Scottish Leaving Certificate Examination, 1953
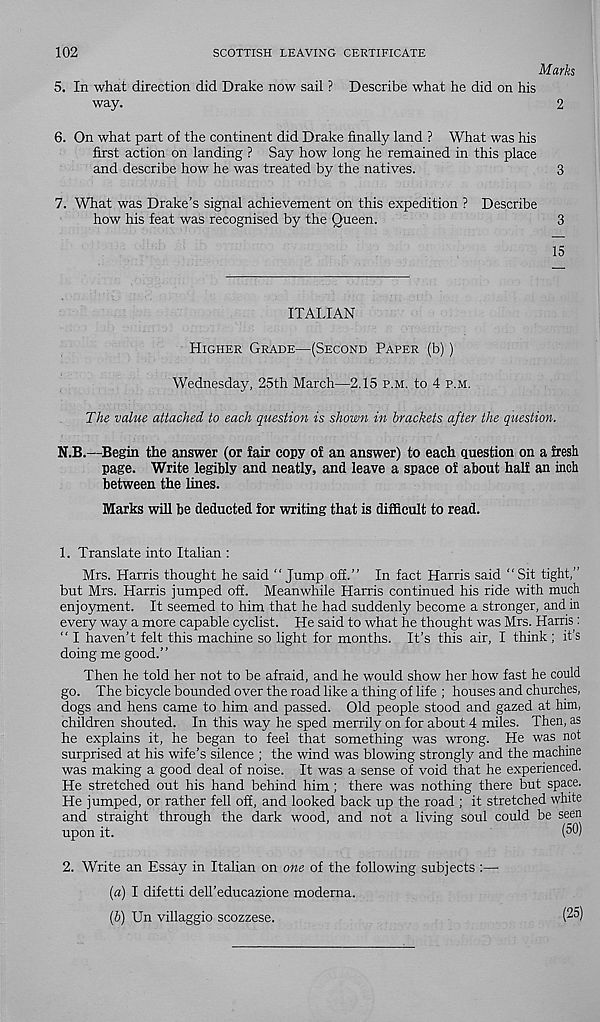
102
SCOTTISH LEAVING CERTIFICATE
Marks
5. In what direction did Drake now sail ? Describe what he did on his
way.
2
6. On what part of the continent did Drake finally land ? What was his
first action on landing ? Say how long he remained in this place
and describe how he was treated by the natives.
3
7. What was Drake’s signal achievement on this expedition ? Describe
how his feat was recognised by the Queen.
3
15
ITALIAN
Higher Grade—(Second Paper (b))
Wednesday, 25th March—2.15 p.m. to 4 p.m.
The value attached to each question is shown in brackets after the question.
N.B.—Begin the answer (or fair copy of an answer) to each question on a fresh
page. Write legibly and neatly, and leave a space of about half an inch
between the lines.
Marks will be deducted for writing that is difficult to read.
1. Translate into Italian :
Mrs. Harris thought he said “Jump off.” In fact Harris said “Sit tight,”
but Mrs. Harris jumped off. Meanwhile Harris continued his ride with much
enjoyment. It seemed to him that he had suddenly become a stronger, and in
every way a more capable cyclist. He said to what he thought was Mrs. Harris :
“ I haven’t felt this machine so light for months. It’s this air, I think ; it’s
doing me good.”
Then he told her not to be afraid, and he would show her how fast he could
go. The bicycle bounded over the road like a thing of life ; houses and churches,
dogs and hens came to him and passed. Old people stood and gazed at him,
children shouted. In this way he sped merrily on for about 4 miles. Then, as
he explains it, he began to feel that something was wrong. He was not
surprised at his wife’s silence ; the wind was blowing strongly and the machine
was making a good deal of noise. It was a sense of void that he experienced.
He stretched out his hand behind him; there was nothing there but space.
He jumped, or rather fell off, and looked back up the road ; it stretched white
and straight through the dark wood, and not a living soul could be seen
upon it.
(50)
2. Write an Essay in Italian on one of the following subjects :—
(а) I difetti dell’educazione modema.
(б) Un villaggio scozzese.
(25)